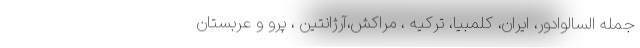
جمله السالوادور، ایران، کلمبیا، ترکیه ، مراکش،آرژانتین ، پرو و عربستان